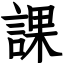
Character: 課